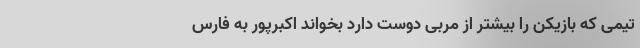
تیمی که بازیکن را بیشتر از مربی دوست دارد بخواند اکبرپور به فارس